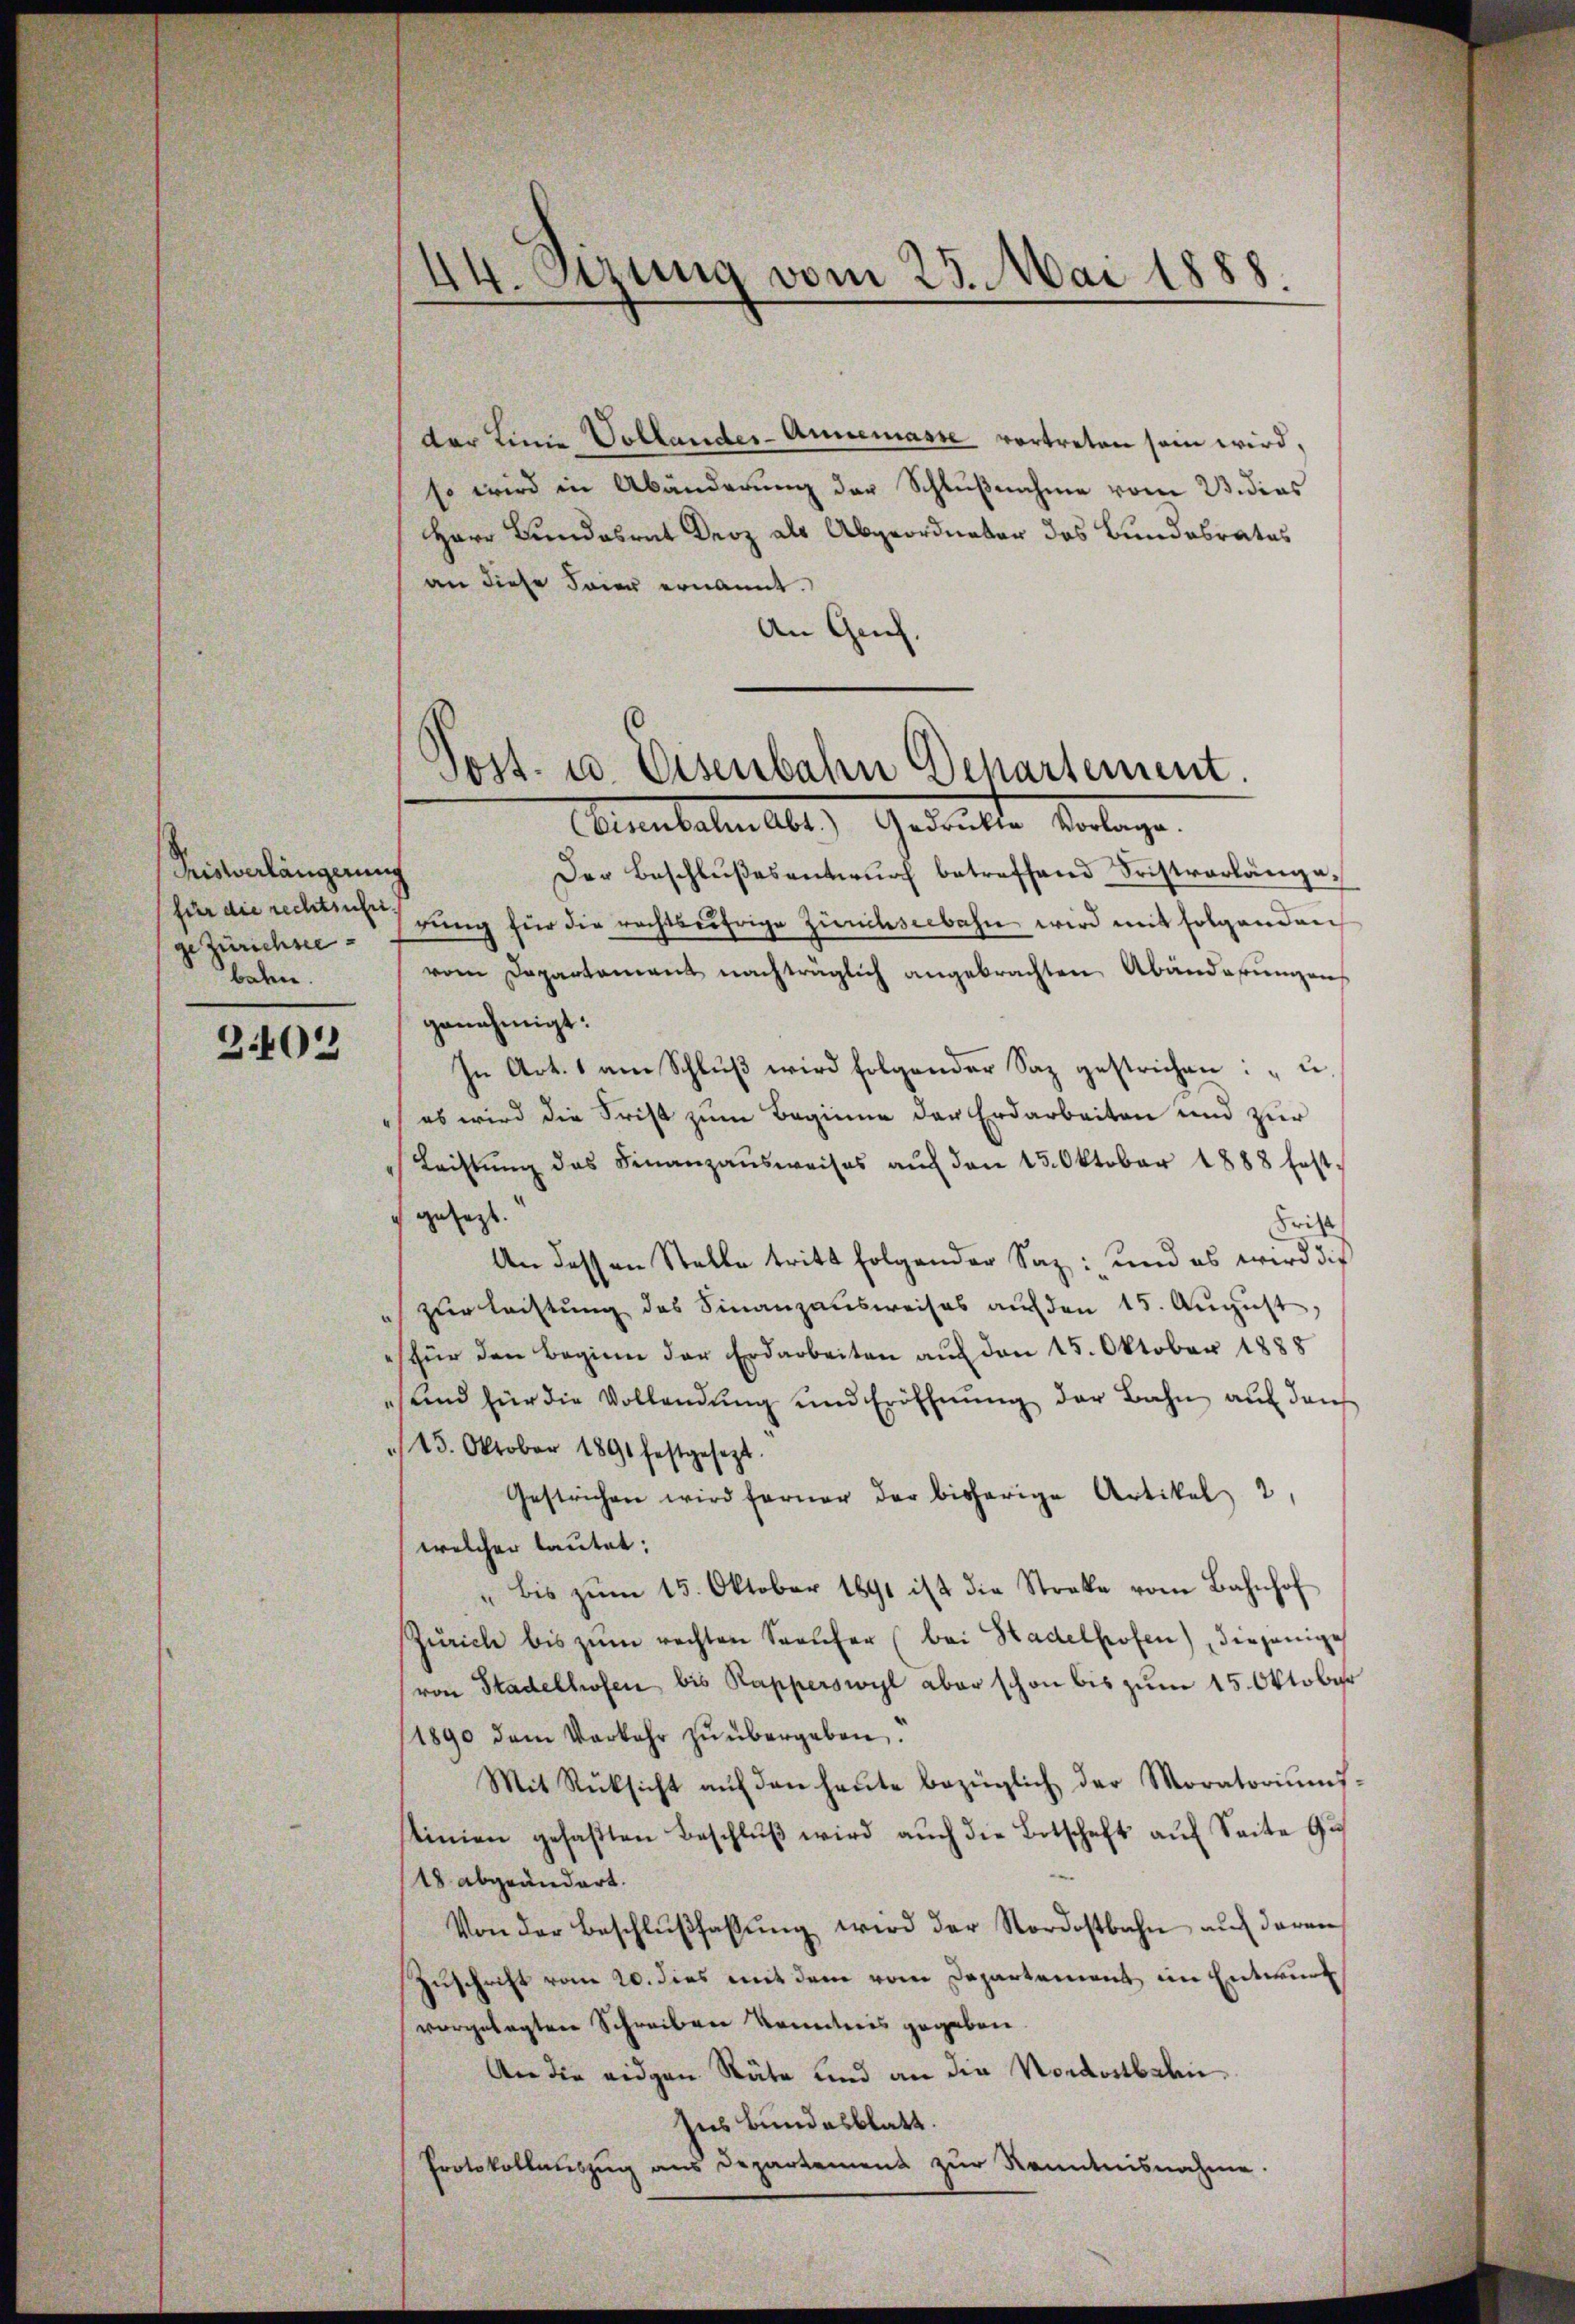
Priserlängerung
für die rechtsuche.
ge Zürichsee
baten.

3402

44. Sitzung vom 23. Mai 1888.

der Linie Vollander-Annemasse vortreten sein wird,
so wird in Abänderung der Schlußnahme vom 23. dies
Herr Bundesrat Droz als Abgeordneter das Bundesrates
an diese Feier ernannt.
An Gech.

Post- u. Eisenbahn Departement.

(Eisenbahn Abt.) Gedrükte Vorlage.
Der Beschlußesentwurf betreffend Fristvorlänge.
rŭng für die rechtseifrige Zürichseebahn wird mit folgenden
vom Departement nachträglich angebrachten Abänderungen
genehmigt.
In Art. 1 am Schlŭβ wird folgender Saz gestrichen: " u.
(es wird die Frist zum Beginne der Erdarbeiten und zur
Leistŭng des Finanzausweises aŭf den 15. Oktober 1888 fest
gelegt
Frist
An dessen Stelle tritt folgender Saz: und es wird die
i zur leistung des Finanzausweises auf den 15. August
für den Beginn der Erdarbeiten auf den 15. Oktober 1888
sund für die Vollendung und Eröffnung der Bahn auf den
15. Oktober 1891 festgesezt.
Gestrichen wird ferner der bisherige Artikel 2
welcher lautet:
" bis zŭm 15. Oktober 1891 ist die Streke vom Bahnhof
Zürich bis zŭm rechten Seelcher (bei Stadelhofen) diejenige
von Stadelhofen, bis Rapperswyl aber schon bis zum 15. Oktober
1890 dem Verkehr zŭ übergeben.
Mit Rücksicht aŭf den heŭte bezüglich der Moratoriŭms-
stinen gefaβten Beschlŭβ wird auch die Botschaft auf Seite Gu
18 abgeändert.
Von der Beschlŭβfassŭng wird der Nordostbahn auf daran
Zuschrift vom 20. dies mit dem vom Departement im Entwurf
vorgelegten Schreiben kanntnis gegeben.
An die eidgen Räte und an die Nordostbahn
Ins Bundesblatt.
Protokollauszug aus Departement zur Kenntnisnahme.